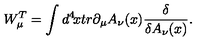
W _ { \mu } ^ { T } = \int d ^ { 4 } \! x t r \partial _ { \mu } A _ { \nu } ( x ) { \frac { \delta } { \delta A _ { \nu } ( x ) } } .